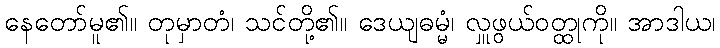
နေတော်မူ၏။ တုမှာတံ၊ သင်တို့၏။ ဒေယျဓမ္မံ၊ လှူဖွယ်ဝတ္ထုကို။ အာဒါယ၊